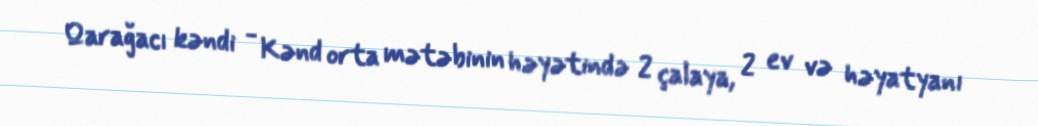
Qarağacı kəndi - Kənd orta mətəbinin həyətində 2 çalaya, 2 ev və həyatyanı